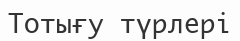
Тотығу түрлері